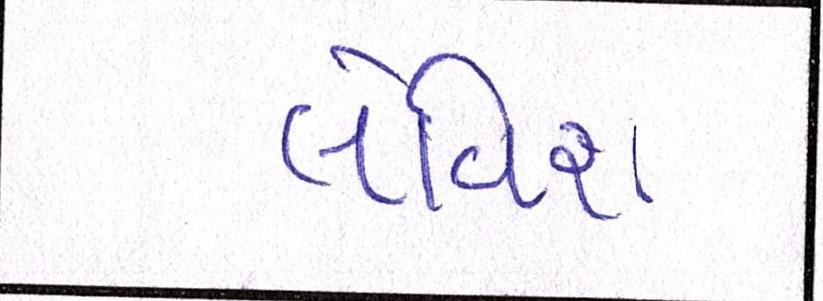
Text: લેવિશ